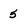
Character: 5